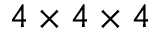
4 \times 4 \times 4